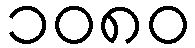
၁၀၈၀